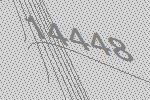
14448